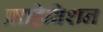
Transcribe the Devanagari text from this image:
प्राहिबिशन